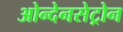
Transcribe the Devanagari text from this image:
ओन्देनसेट्रोन